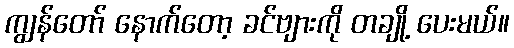
ကျွန်တော် နောက်တော့ ခင်ဗျားကို တချို့ ပေးမယ်။